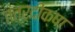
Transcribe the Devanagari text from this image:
तंत्रदीक्षा